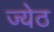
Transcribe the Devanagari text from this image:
ज्येठ